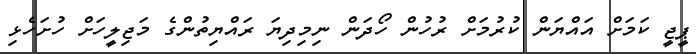
ޕީޖީ ކަމަށް އައްޔަން ކުރުމަށް ރުހުން ހޯދަން ނިމިދިޔަ ރައްޔިތުންގެ މަޖިލީހަށް ހުށަހެޅި